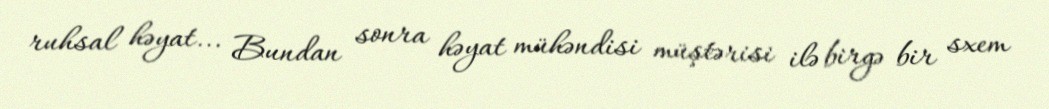
ruhsal həyat... Bundan sonra həyat mühəndisi müştərisi ilə birgə bir sxem